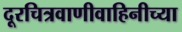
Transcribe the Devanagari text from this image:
दूरचित्रवाणीवाहिनीच्या